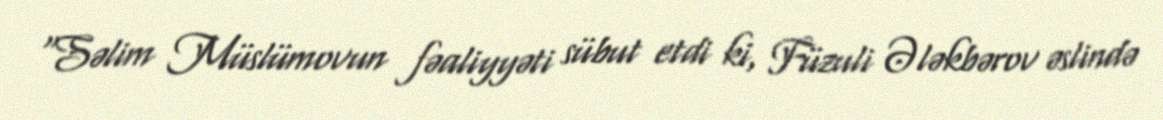
“Səlim Müslümovun fəaliyyəti sübut etdi ki, Füzuli Ələkbərov əslində